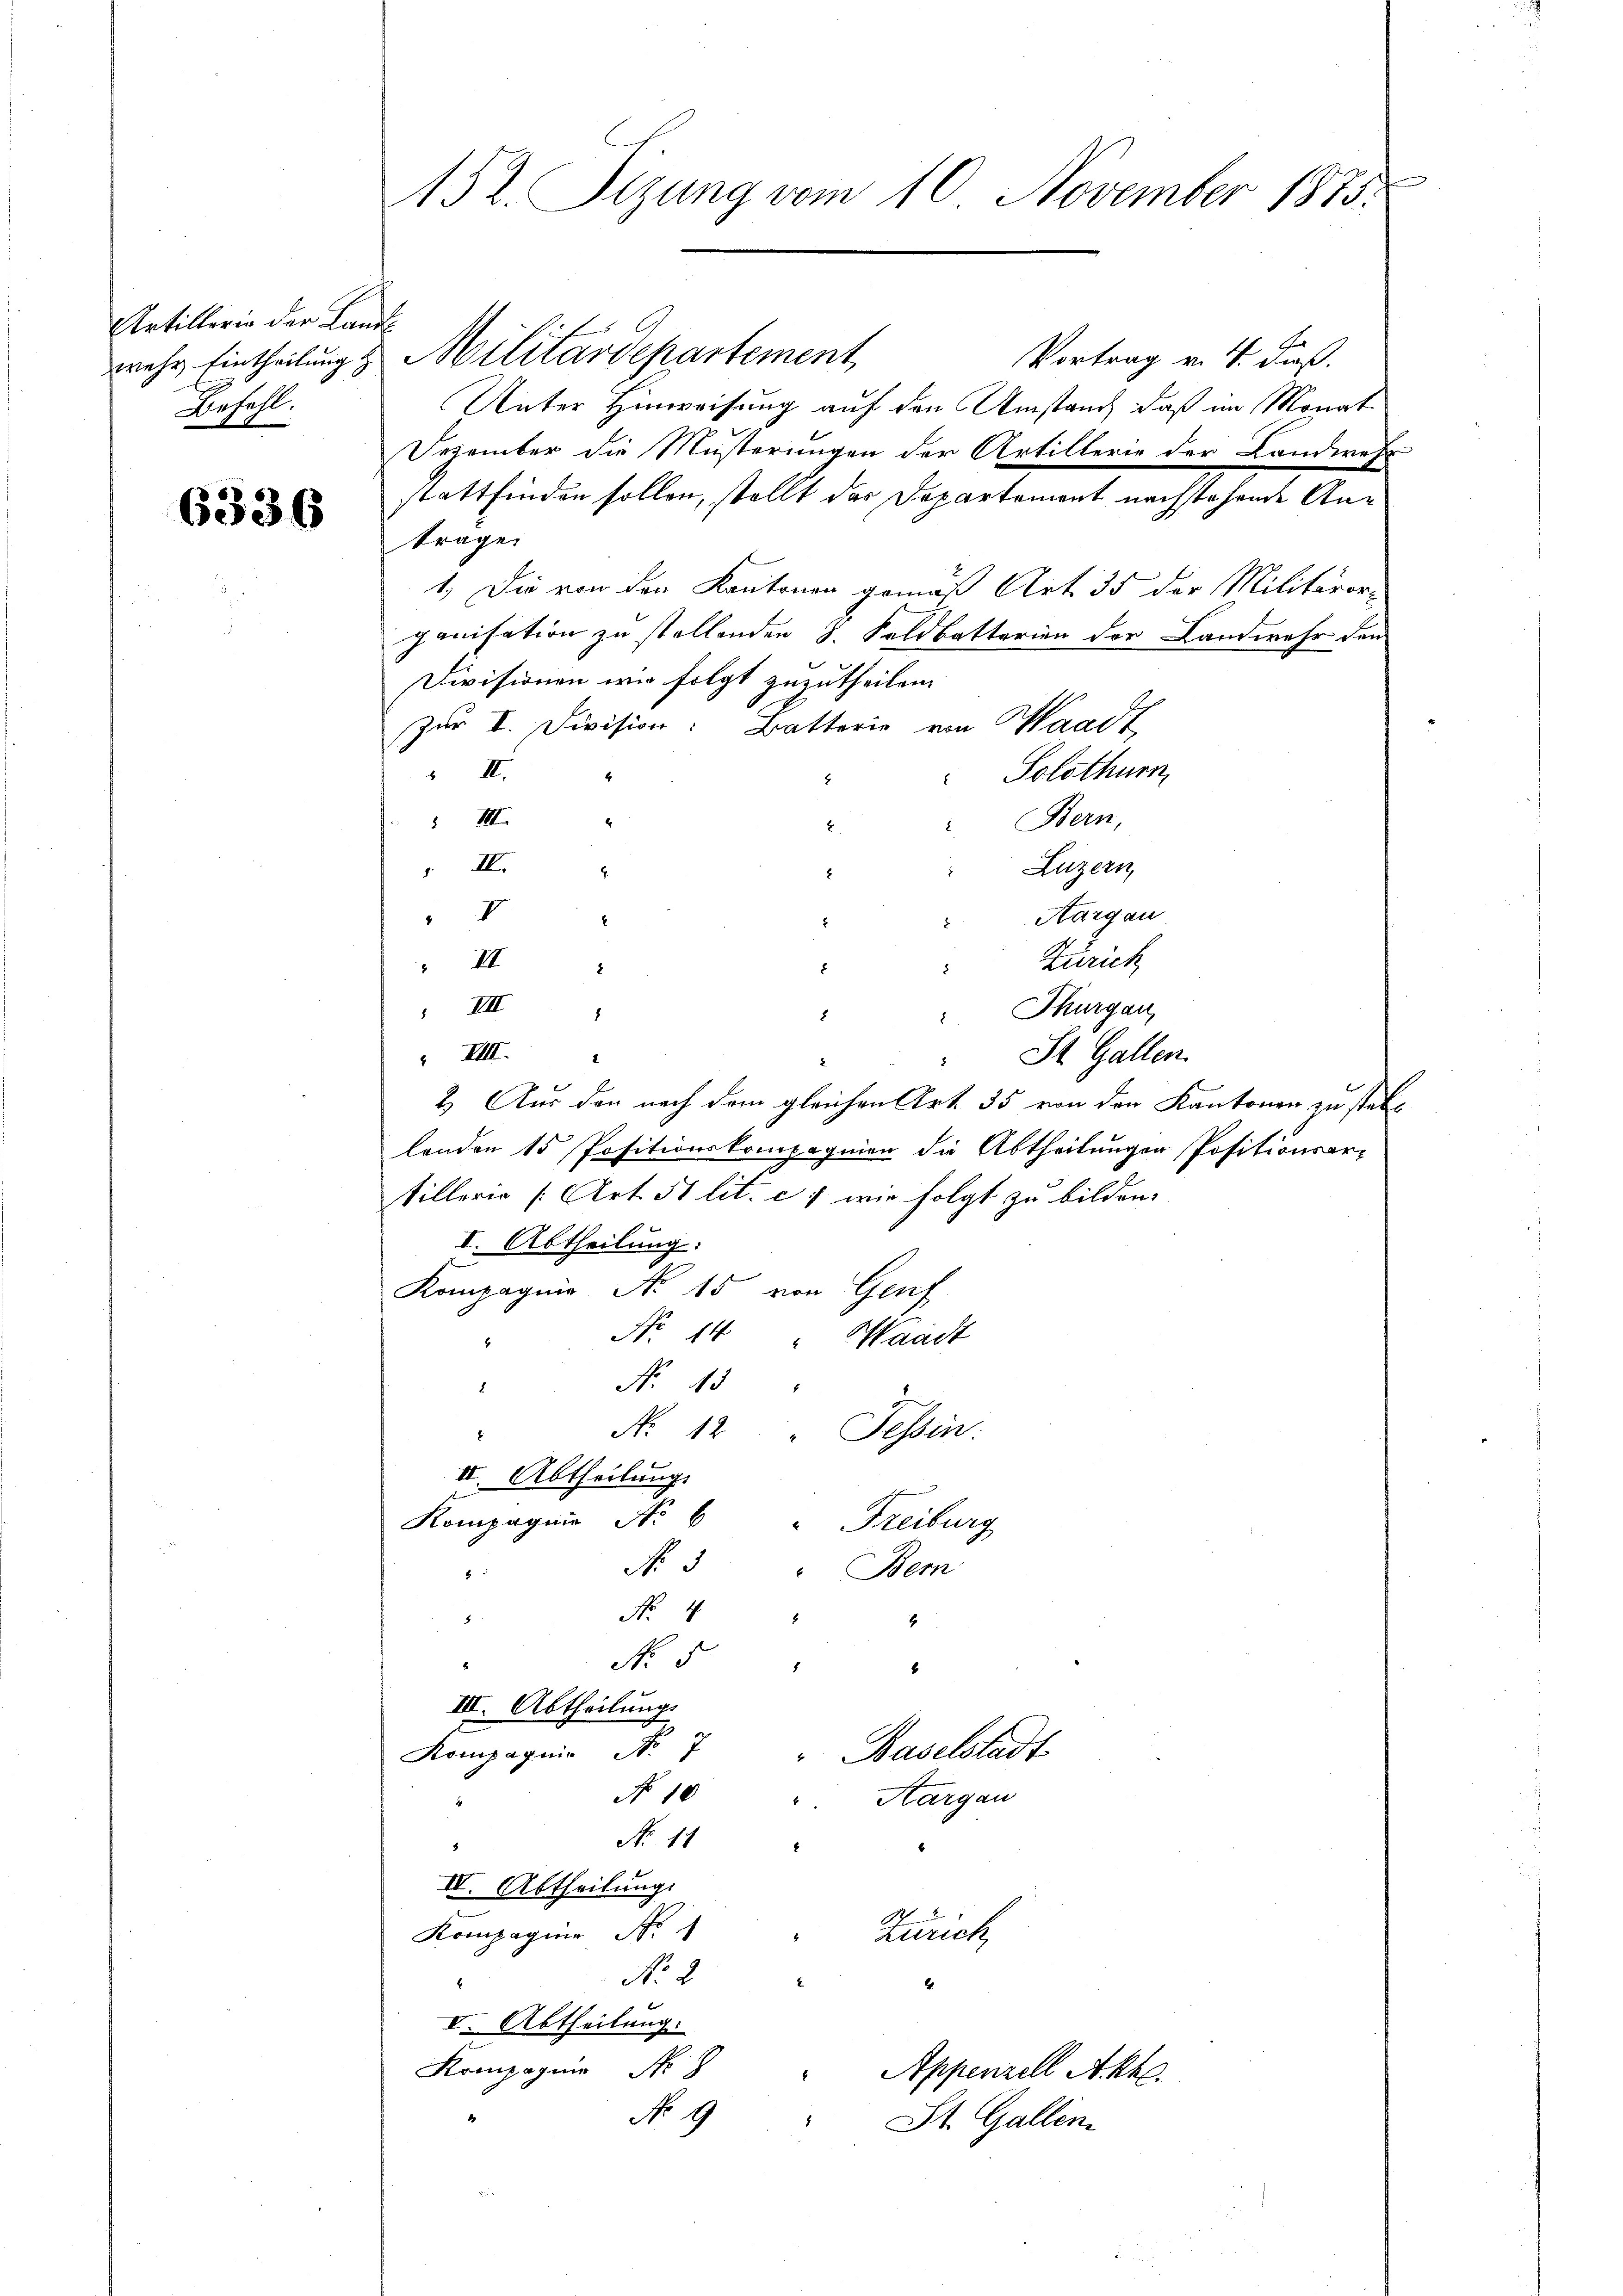
Artillerie der Land¬
Befehl.

6336

152. Sitzung vom 10. November 1875.

Er
Vortrag v. J. dieß.
Unter Hinweisung auf den Umstand, daß im Monat
Dezember die Musterungen der Artillerie der Landwer
stattfinden sollen, stellt der Departement nachstehende Anträge.
1.) Die von den Kantonen gemäß Art. 35 der Militäror-
ganisation zu stellenden 8. Feldbatterien der Landwehr den
Divisionen wir folgt zuzutheilen.
zur I. Division: Batterie von Waadt,
 II.
Solothurn
4
 III
Bern,
4
" IV.
Luzern
.
V
Aargau
 III
Zürich
IIII
 Thurgau,
8
 VIII.
St. Gallen.
2. Aus den nach dem gleichen Art. 35 von den Kantonen zu stei
landen 15 Positionskompagnien die Abtheilungen Positionsar-
tillern (Art. 51 lit. c. 7 wir folgt zu bilden.
I. Abtheilung:
Kompagnie No 15 von Genf
No. 14 " Waadt
No. 13.
N: 12 " Tessin:
III. Abtheilung
Kompagnie No 6 " Freiburg
No. 3
Bem
8
No. 4.
6
8
No 5.
III. Abtheilung.
Kompagnie Nr. 7 " Baselstadt
No 10
Aargau
No 14
IV. Abtheilung.
Zürich
Kompagnie No 1
No. 2.
2
I. Abtheilung:
Kompagnie No 8 " Appenzell Akte
No 19
7
St. Gallen.

wehr Eintheilung & Militärdepartement,

.